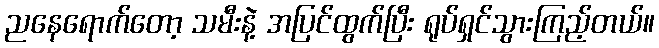
ညနေရောက်တော့ သမီးနဲ့ အပြင်ထွက်ပြီး ရုပ်ရှင်သွားကြည့်တယ်။